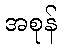
အစုန်